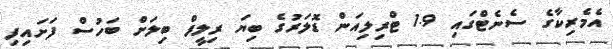
އެމެރިކާގެ ސެނެޓްގައި 1.9 ޓްރިލިއަން ޑޮލަރުގެ ބިޔަ ރިލީފް ބިލަށް ބަހުސް ފަށައިފި